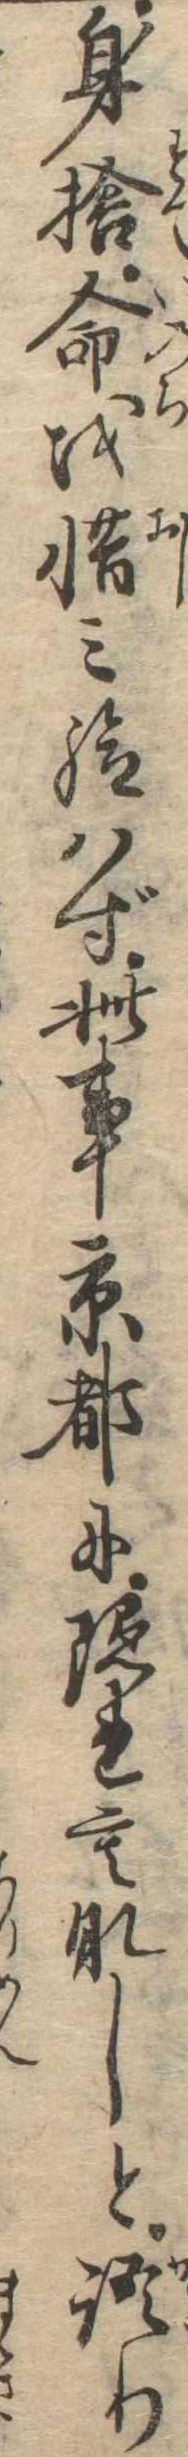
身捨命を惜み給はず此事京都に隠れもなしと語り